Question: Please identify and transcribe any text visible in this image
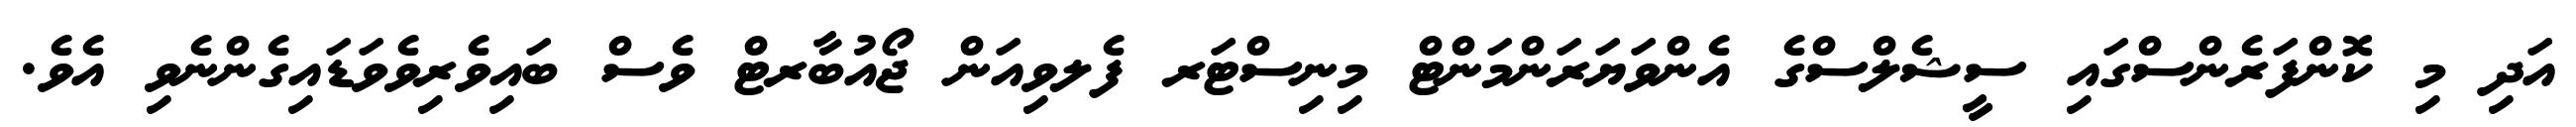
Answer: އަދި މި ކޮންފަރެންސްގައި ސީޝެލްސްގެ އެންވަޔަރަންމަންޓް މިނިސްޓަރ ފެލވިއަން ޖޯއުބާރޓް ވެސް ބައިވެރިވެވަޑައިގެންނެވި އެވެ.